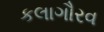
કલાગૌરવ